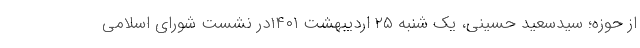
از حوزه؛ سیدسعید حسینی، یک شنبه ۲۵ اردیبهشت ۱۴۰۱در نشست شورای اسلامی